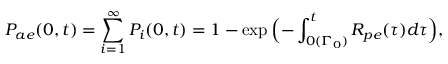
P _ { a e } ( 0 , t ) = \sum _ { i = 1 } ^ { \infty } P _ { i } ( 0 , t ) = 1 - \exp { \Bigl ( - \int _ { 0 ( \Gamma _ { 0 } ) } ^ { t } R _ { p e } ( \tau ) d \tau \Bigr ) } ,